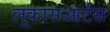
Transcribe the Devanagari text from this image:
लुकासआर्टस